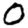
Digit: 0